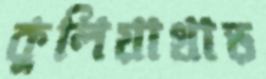
কুলিয়াখাড়